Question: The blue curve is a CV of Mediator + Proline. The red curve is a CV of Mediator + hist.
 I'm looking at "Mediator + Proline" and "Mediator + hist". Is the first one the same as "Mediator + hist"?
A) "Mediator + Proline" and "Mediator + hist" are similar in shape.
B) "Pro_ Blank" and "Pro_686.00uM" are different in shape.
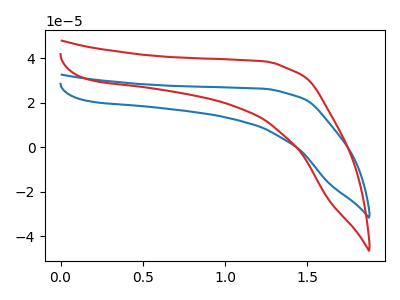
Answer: <think>The blue curve "Mediator + Proline" has no peaks. The red curve "Mediator + hist" has no peaks.
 Neither "Mediator + Proline" or "Mediator + hist" have any peaks.</think>
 <answer>A) "Mediator + Proline" and "Mediator + hist" are similar in shape.</answer>
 <eval>A</eval>